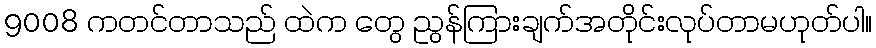
9008 ကတင်တာသည် ထဲက တွေ ညွန်ကြားချက်အတိုင်းလုပ်တာမဟုတ်ပါ။